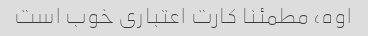
اوه، مطمئنا کارت اعتباری خوب است